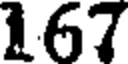
167